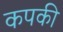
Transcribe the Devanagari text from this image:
कपकी